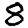
Digit: 8